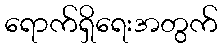
ရောက်ရှိရေးအတွက်